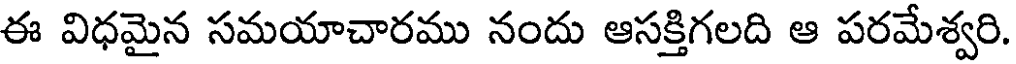
ఈ విధమైన సమయాచారము నందు ఆసక్తిగలది ఆ పరమేశ్వరి.